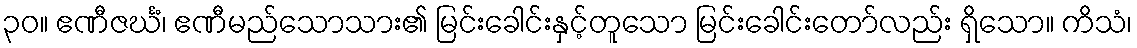
၃၀။ ဧဏီဇင်္ဃံ၊ ဧဏီမည်သောသား၏ မြင်းခေါင်းနှင့်တူသော မြင်းခေါင်းတော်လည်း ရှိသော။ ကိသံ၊